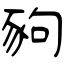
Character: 豞